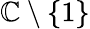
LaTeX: \mathbb{C}\setminus\{ 1\}